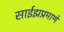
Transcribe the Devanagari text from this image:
साईझप्रमाणे